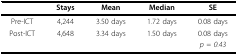
<table><thead><tr><td></td><td><b>Stays</b></td><td><b>Mean</b></td><td><b>Median</b></td><td><b>SE</b></td></tr></thead><tbody><tr><td>Pre-ICT</td><td>4,244</td><td>3.50 days</td><td>1.72 days</td><td>0.08 days</td></tr><tr><td>Post-ICT</td><td>4,648</td><td>3.34 days</td><td>1.50 days</td><td>0.08 days</td></tr><tr><td></td><td></td><td></td><td></td><td><i>p = 0.43</i></td></tr></tbody></table>